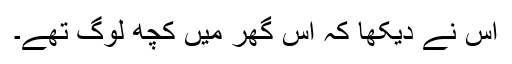
اس نے دیکھا کہ اس گھر میں کچھ لوگ تھے۔